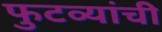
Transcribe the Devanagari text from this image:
फुटव्यांची